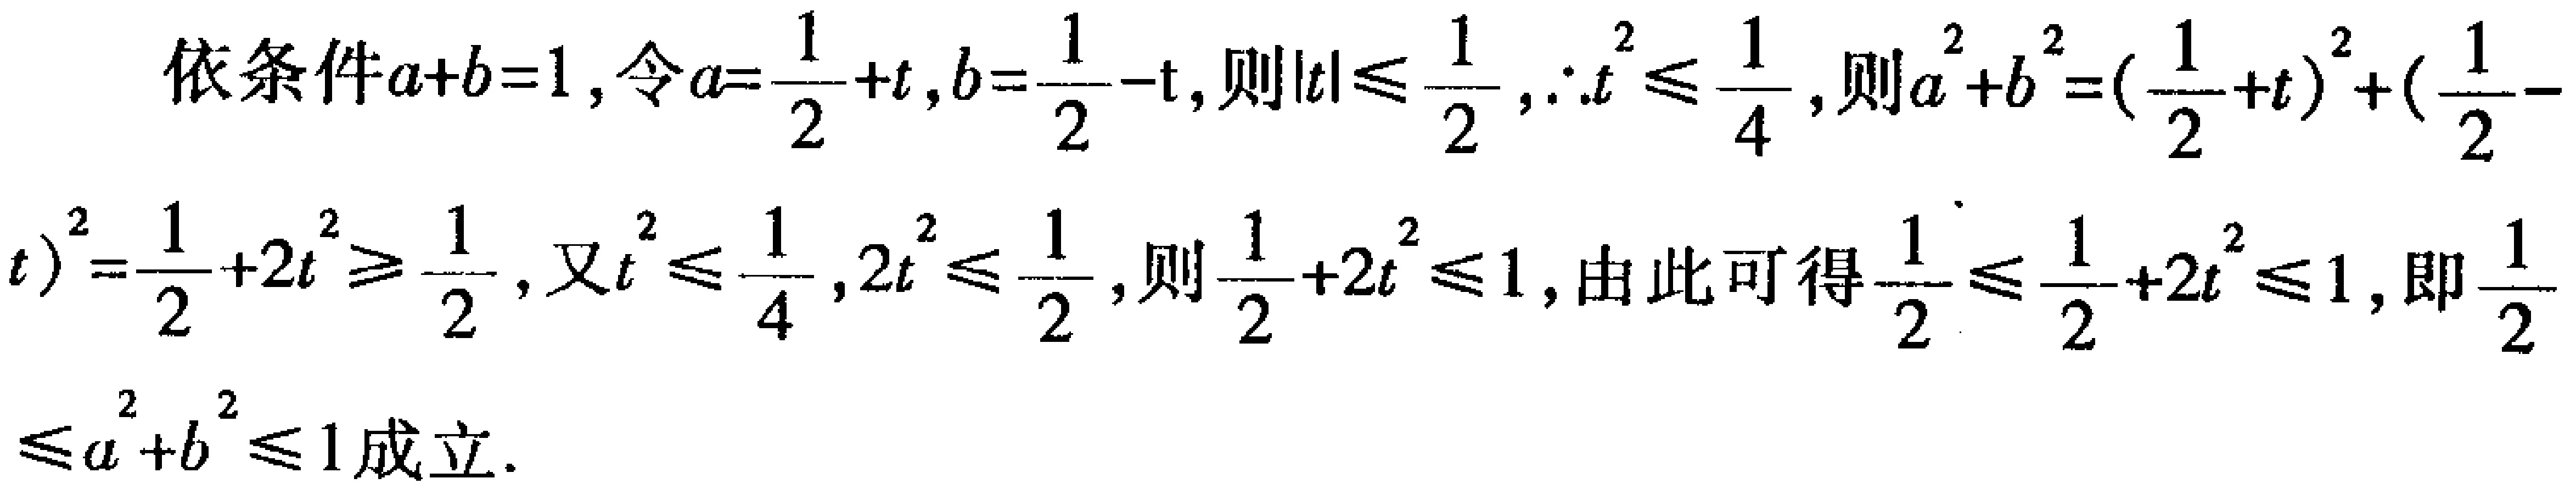
依条件\(a + b = 1\)，令\(a=\frac{1}{2}+t\)，\(b = \frac{1}{2}-t\)，则\(\vert t\vert\leqslant\frac{1}{2}\)，\(\therefore t^{2}\leqslant\frac{1}{4}\)，则\(a^{2}+b^{2}=(\frac{1}{2}+t)^{2}+(\frac{1}{2}-t)^{2}=\frac{1}{2}+2t^{2}\geqslant\frac{1}{2}\)，又\(t^{2}\leqslant\frac{1}{4}\)，\(2t^{2}\leqslant\frac{1}{2}\)，则\(\frac{1}{2}+2t^{2}\leqslant1\)，由此可得\(\frac{1}{2}\leqslant\frac{1}{2}+2t^{2}\leqslant1\)，即\(\frac{1}{2}\leqslant a^{2}+b^{2}\leqslant1\)成立.